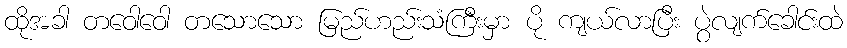
ထိုအခါ တဝေါဝေါ တသောသော မြည်ဟည်းသံကြီးမှာ ပို ကျယ်လာပြီး ပွဲလျက်ခေါင်းထဲ